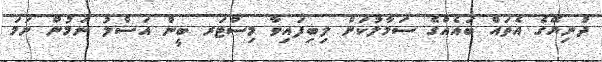
ދުނިޔޭގެ އެތައް ބައެއްގެ ސަމާލުކަން ލިބިފައިވާ މިސްޓަރ ބީން އަސްލު ނަމުން ނަމަ